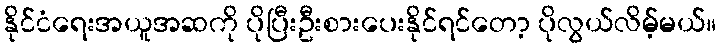
နိုင်ငံရေးအယူအဆကို ပိုပြီးဦးစားပေးနိုင်ရင်တော့ ပိုလွယ်လိမ့်မယ်။